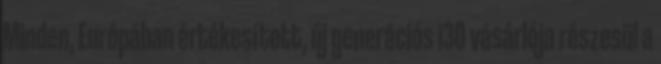
Minden, Európában értékesített, új generációs i30 vásárlója részesül a